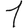
Digit: 1